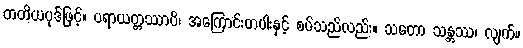
တတိယပုဒ်ဖြင့်။ ပရာယတ္တဿာပိ၊ အကြောင်းတပါးနှင့် စပ်သည်လည်း။ သတော သန္တဿ၊ လျက်။